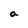
Character: a